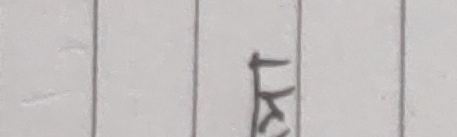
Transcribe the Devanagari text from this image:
यस्त